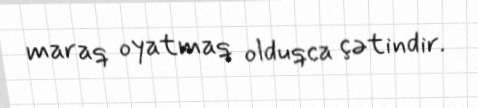
maraq oyatmaq olduqca çətindir.